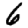
Digit: 6